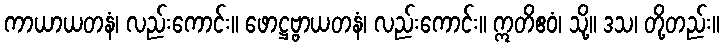
ကာယာယတနံ၊ လည်းကောင်း။ ဖောဋ္ဌဗ္ဗာယတနံ၊ လည်းကောင်း။ ဣတိဧဝံ၊ သို့။ ဒသ၊ တို့တည်း။